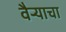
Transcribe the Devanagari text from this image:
वैऱ्याचा